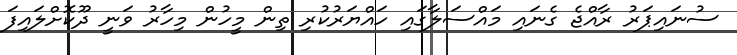
ސުނައިޕަރު ރާއްޖެ ގެނައި މައްސަލާގައި ހައްޔަރުކުރި ތިން މީހުން މިހާރު ވަނީ ދޫކޮށްލައިފަ